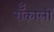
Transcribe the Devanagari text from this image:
रॉँकाली